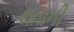
થતાની